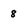
Character: 8